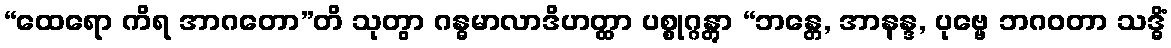
“ထေရော ကိရ အာဂတော”တိ သုတွာ ဂန္ဓမာလာဒိဟတ္ထာ ပစ္စုဂ္ဂန္တွာ “ဘန္တေ, အာနန္ဒ, ပုဗ္ဗေ ဘဂဝတာ သဒ္ဓိံ